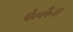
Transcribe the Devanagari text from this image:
पेल्लैना